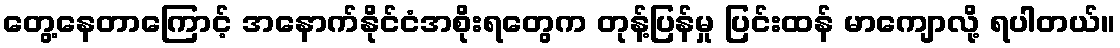
တွေ့နေတာကြောင့် အနောက်နိုင်ငံအစိုးရတွေက တုန့်ပြန်မှု ပြင်းထန် မာကျောလို့ ရပါတယ်။